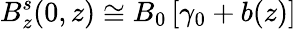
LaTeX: B_{z}^{s}(0,z)\cong B_{0}\left[\gamma_{0}+b(z)\right]